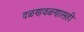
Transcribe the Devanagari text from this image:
दळणवळणासही